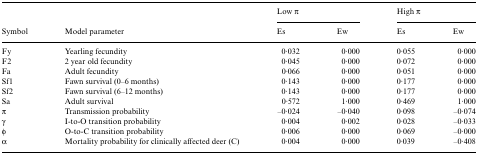
|  |  | <COLSPAN=2> Low π | <COLSPAN=2> High π |
 | Symbol | Model parameter | Es | Ew | Es | Ew |
 | --- | --- | --- | --- | --- | --- |
 | Fy | Yearling fecundity | 0·032 | 0·000 | 0·055 | 0·000 |
 | F2 | 2 year old fecundity | 0·045 | 0·000 | 0·072 | 0·000 |
 | Fa | Adult fecundity | 0·066 | 0·000 | 0·051 | 0·000 |
 | Sf1 | Fawn survival (0–6 months) | 0·143 | 0·000 | 0·177 | 0·000 |
 | Sf2 | Fawn survival (6–12 months) | 0·143 | 0·000 | 0·177 | 0·000 |
 | Sa | Adult survival | 0·572 | 1·000 | 0·469 | 1·000 |
 | π | Transmission probability | –0·024 | –0·040 | 0·098 | –0·074 |
 | γ | I-to-O transition probability | 0·004 | 0·002 | 0·028 | –0·033 |
 | φ | O-to-C transition probability | 0·006 | 0·000 | 0·069 | –0·000 |
 | α | Mortality probability for clinically affected deer (C) | 0·004 | 0·000 | 0·039 | –0·408 |